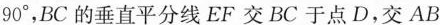
90^{\circ}，BC的垂直平分线EF交BC于点D，交AB